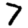
Digit: 7